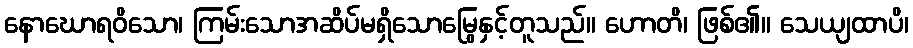
နောဃောရဝိသော၊ ကြမ်းသောအဆိပ်မရှိသောမြွေနှင့်တူသည်။ ဟောတိ၊ ဖြစ်၏။ သေယျထာပိ၊